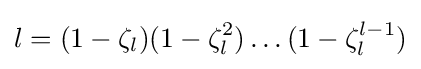
l=(1-\zeta _{l})(1-\zeta _{l}^{2})\dots (1-\zeta _{l}^{l-1})